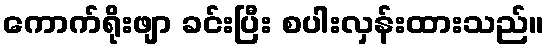
ကောက်ရိုးဖျာ ခင်းပြီး စပါးလှန်းထားသည်။